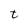
Character: t